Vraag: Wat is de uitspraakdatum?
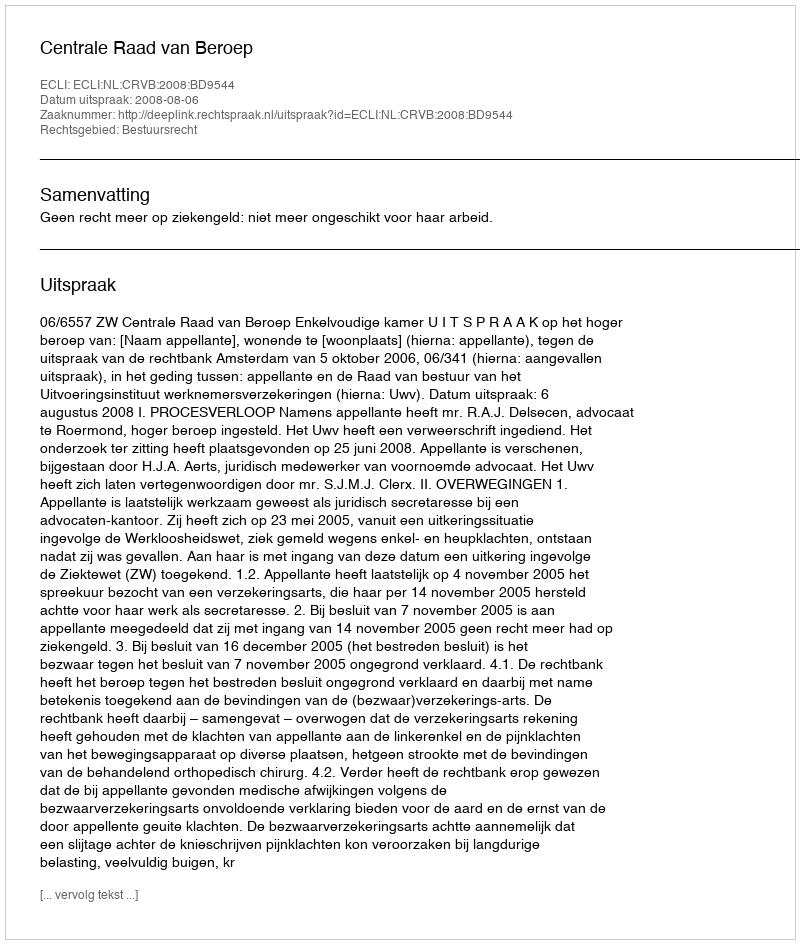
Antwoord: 2008-08-06